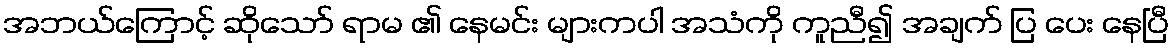
အဘယ်ကြောင့် ဆိုသော် ရာမ ၏ နေမင်း များကပါ အသံကို ကူညီ၍ အချက် ပြ ပေး နေပြီ